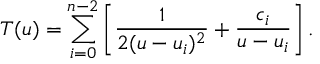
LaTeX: T ( u ) = \sum _ { i = 0 } ^ { n - 2 } \left[ { \frac { 1 } { 2 ( u - u _ { i } ) ^ { 2 } } } + { \frac { c _ { i } } { u - u _ { i } } } \right] .